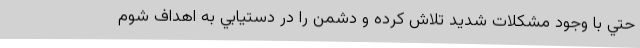
حتي با وجود مشكلات شديد تلاش كرده و دشمن را در دستيابي به اهداف شوم